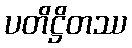
ပတိဋ္ဌိတဿ